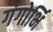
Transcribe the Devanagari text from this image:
गंगोर्भि